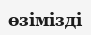
өзімізді